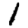
Digit: 1